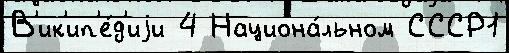
В'ик'ип'е́д'иjи 4 Национа́льном СССР1